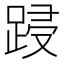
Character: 𮛟